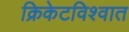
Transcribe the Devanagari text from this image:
क्रिकेटविश्वात